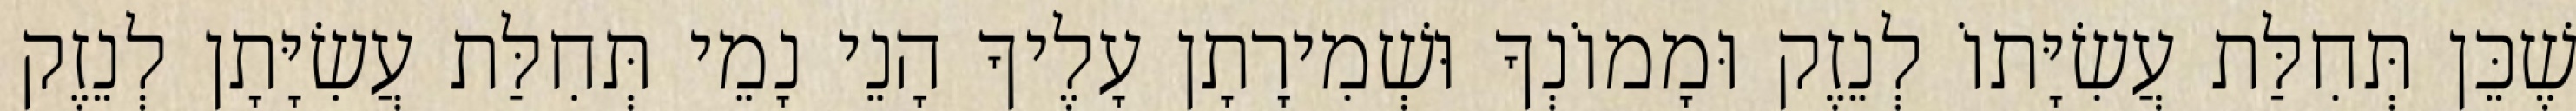
שֶׁכֵּן תְּחִלַּת עֲשִׂיָּתוֹ לְנֵזֶק וּמָמוֹנְךָ וּשְׁמִירָתָן עָלֶיךָ הָנֵי נָמֵי תְּחִלַּת עֲשִׂיָּתָן לְנֵזֶק